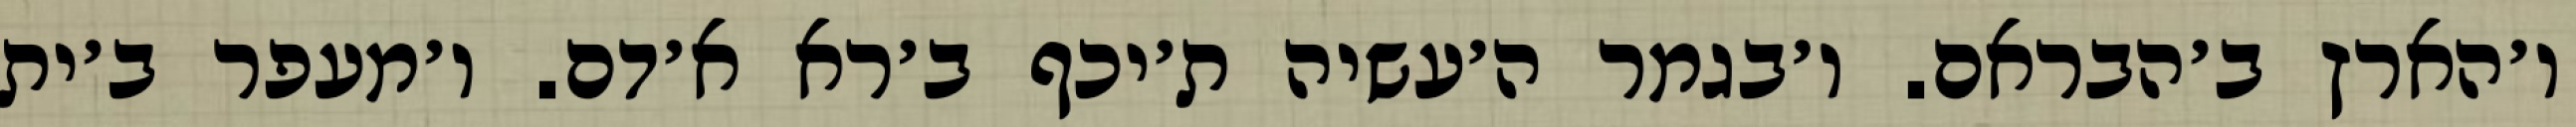
ו׳הארץ ב׳הבראם. ו׳בגמר ה׳עשיה ת׳יכף ב׳רא א׳דם. ו׳מעפר ב׳ית